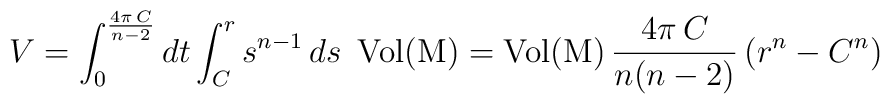
V=\int_{0}^{\frac{4\pi \,C}{n-2}} dt \int_{C}^{r}s^{n-1}\, ds  \,\,\,\mathrm{Vol(M)}=\mathrm{Vol(M)}\,\frac{4\pi \,C}{n(n-2)}\left(r^n-C^n\right)